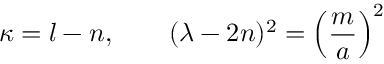
\kappa = l - n , \qquad ( \lambda - 2 n ) ^ { 2 } = \left( { \frac { m } { a } } \right) ^ { 2 }